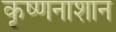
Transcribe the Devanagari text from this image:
कृष्णनाशान